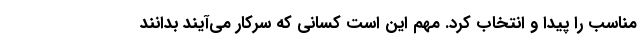
مناسب را پیدا و انتخاب کرد. مهم این است کسانی که سرکار می‌آیند بدانند